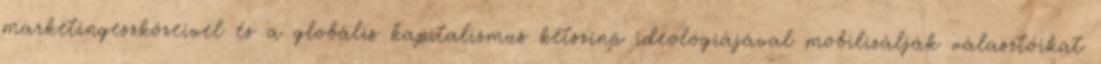
marketingeszközeivel és a globális kapitalizmus kétszínű ideológiájával mobilizálják választóikat